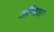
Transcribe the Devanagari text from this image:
रझियाची